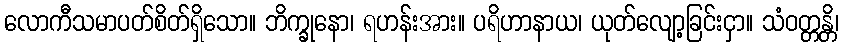
လောကီသမာပတ်စိတ်ရှိသော။ ဘိက္ခုနော၊ ရဟန်းအား။ ပရိဟာနာယ၊ ယုတ်လျော့ခြင်းငှာ။ သံဝတ္တန္တိ၊